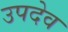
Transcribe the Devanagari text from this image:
उपदेव